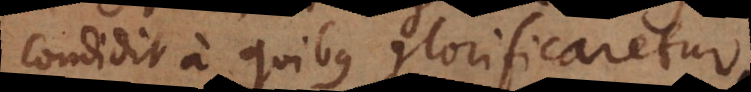
condidit a quibus glorificaretur,